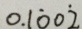
0 . 1 \dot { 0 } 0 \dot { 2 }